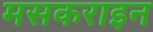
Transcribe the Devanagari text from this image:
मसकराइन